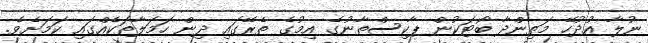
ނުލާ އުދުހޭ މަތިންދާ ބޯޓަކުން ޕާކިސްތާނުގެ އިމުގެ ތެރޭގައި ދިން ހަމަލާތަކެއްގައި ކަމަށެވެ.